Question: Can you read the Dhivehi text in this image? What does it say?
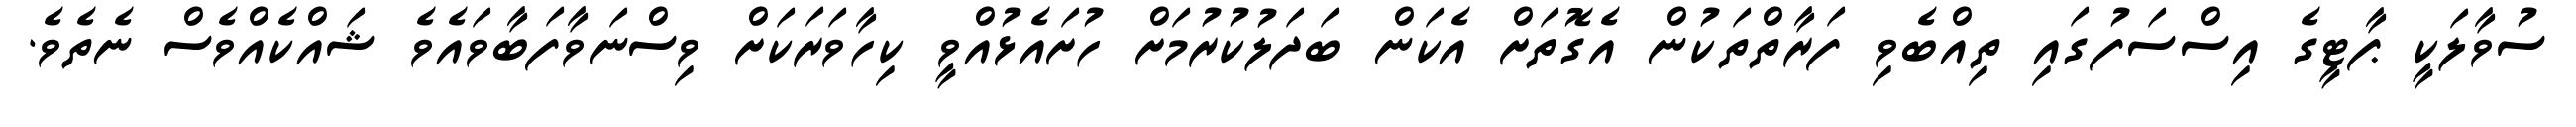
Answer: ސުވާލަކީ ޕާޓީގެ އިސްސަފުގައި ތިއްބެވި ފަރާތްތަކުން އެގޮތަށް އެކަން ބަދަލުކުރުމަށް ހުށައެޅުއްވީ ކިހާވަރަކަށް ވިސްނަވާފަބާވައެވެ ޝައްކެއްވެސް ނެތެވެ.